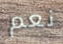
نعم